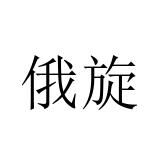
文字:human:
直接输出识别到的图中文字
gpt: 俄旋